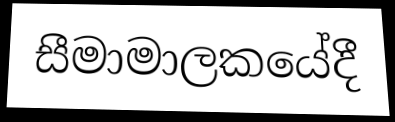
සීමාමාලකයේදී